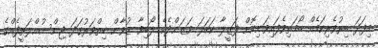
މިފަދަ ބިރުވެރިކަމެއް ބޯމަތިވެފައިވަނިކޮށް ފަޒީލާ ކަހަލަ ވަޒަންދެކެ ލޯބިވާ ޒުވާން ހިތްވަރުގަދަ ޖިންސުއްލަޠީފެއްގެ